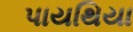
પાયથિયા